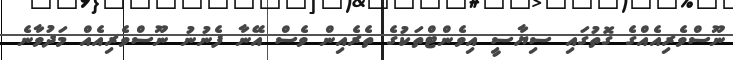
ނޫސްވެރިއެއްގެ ގޮތުގައި ސިޔާސީ އިވެންޓްތަކުގެ ތެރެއިން ވެސް އޭނާ ފެނުނު ނޫސްވެރިއެއް މަދުވާނެ